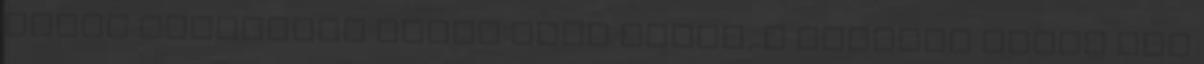
ahogy Dardanosz fogja maga előtt, a többiek pedig nem